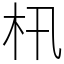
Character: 㭄